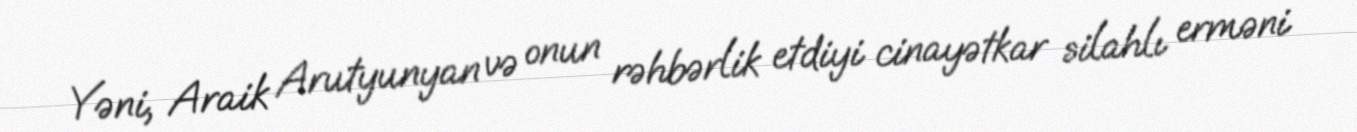
Yəni, Araik Arutyunyan və onun rəhbərlik etdiyi cinayətkar silahlı erməni